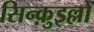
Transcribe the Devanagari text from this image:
सिन्क़ुइल्लो